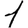
Digit: 1